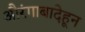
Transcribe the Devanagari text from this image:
औरंगाबादेहून